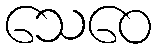
သေဝေ